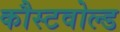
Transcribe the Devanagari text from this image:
कौस्टवोल्ड